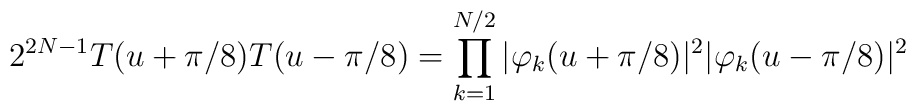
2^{2N-1} T(u+\pi/8)T(u-\pi/8)=\prod_{k=1}^{N/2}|\varphi_k(u+\pi/8)|^2|\varphi_k(u-\pi/8)|^2